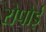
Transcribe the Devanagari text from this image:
रोपोई